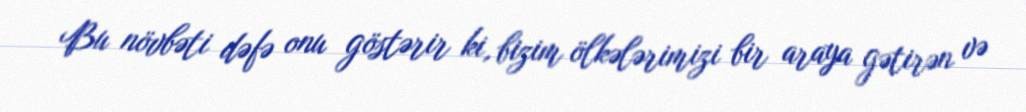
Bu növbəti dəfə onu göstərir ki, bizim ölkələrimizi bir araya gətirən və